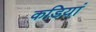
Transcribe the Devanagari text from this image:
कडियां